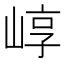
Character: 崞